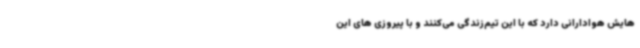
هایش هوادارانی دارد که با این تیم‌زندگی می‌کنند و با پیروزی های این